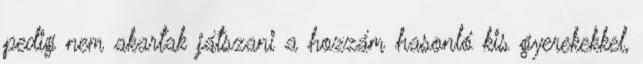
pedig nem akartak játszani a hozzám hasonló kis gyerekekkel,